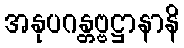
အနုပဂန္တဗ္ဗဋ္ဌာနာနိ